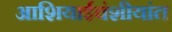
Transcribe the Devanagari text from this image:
आशियाईवंशीयांत